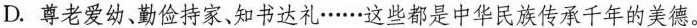
D. 尊老爱幼、勤俭持家，知书达礼······这些都是中华民族传承千年的美德。